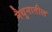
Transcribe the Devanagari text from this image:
मैथुनातील